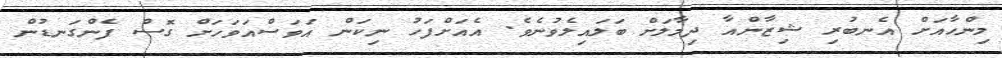
މިންހާއަށް އެނބުރި ޝިޒާންއާ ދިމާލަށް ބަލައިލެވުނެވެ. އެއަށްފަހު ނިކަން އަވަސްއަވަހަށް ގޮސް ފެންގަނޑުން